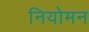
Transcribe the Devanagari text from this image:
नियोमन